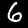
Digit: 6